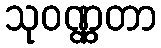
သုဝဏ္ဏတာ